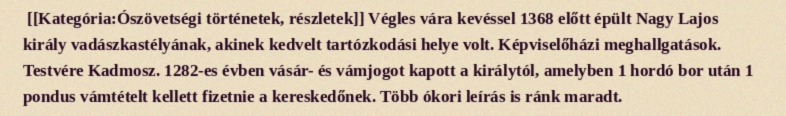
[[Kategória:Ószövetségi történetek, részletek]] Végles vára kevéssel 1368 előtt épült Nagy Lajos király vadászkastélyának, akinek kedvelt tartózkodási helye volt. Képviselőházi meghallgatások. Testvére Kadmosz. 1282-es évben vásár- és vámjogot kapott a királytól, amelyben 1 hordó bor után 1 pondus vámtételt kellett fizetnie a kereskedőnek. Több ókori leírás is ránk maradt.